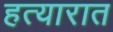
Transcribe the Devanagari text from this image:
हत्यारात